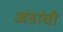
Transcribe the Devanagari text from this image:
अंडांची